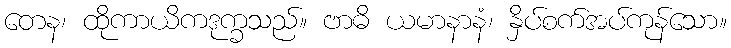
တေန၊ ထိုကာယိကဒုက္ခသည်။ ဗာဓိ ယမာနာနံ၊ နှိပ်စက်အပ်ကုန်သော။